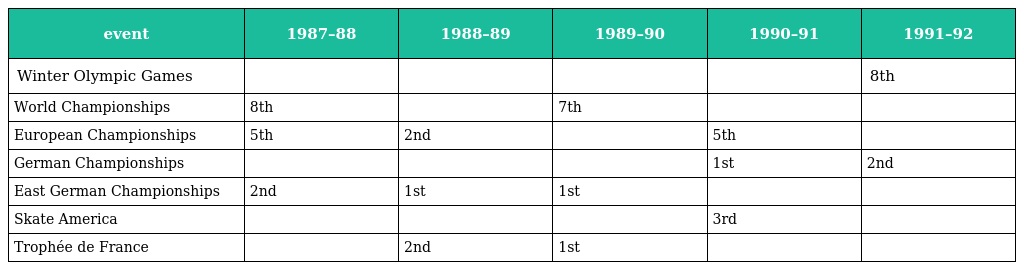
| event | 1987–88 | 1988–89 | 1989–90 | 1990–91 | 1991–92 |
 | --- | --- | --- | --- | --- | --- |
 | Winter Olympic Games |  |  |  |  | 8th |
 | World Championships | 8th |  | 7th |  |  |
 | European Championships | 5th | 2nd |  | 5th |  |
 | German Championships |  |  |  | 1st | 2nd |
 | East German Championships | 2nd | 1st | 1st |  |  |
 | Skate America |  |  |  | 3rd |  |
 | Trophée de France |  | 2nd | 1st |  |  |